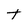
Character: t